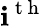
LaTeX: \mathbf{i}^{\mathrm{{~t~h~}}}